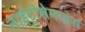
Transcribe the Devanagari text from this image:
नाईट्रोसेमाइंस